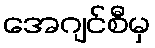
အေဂျင်စီမှ